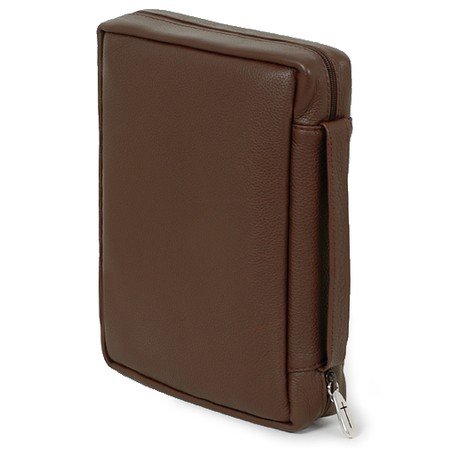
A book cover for Genuine Leather Bible Cover; Christian Books & Bibles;